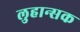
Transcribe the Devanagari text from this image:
लुहान्सक